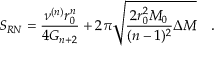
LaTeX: S _ { R N } = \frac { \nu ^ { ( n ) } r _ { 0 } ^ { n } } { 4 G _ { n + 2 } } + 2 \pi \sqrt { \frac { 2 r _ { 0 } ^ { 2 } M _ { 0 } } { ( n - 1 ) ^ { 2 } } \Delta M } \quad .